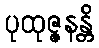
ပုထုဇ္ဇနန္တိ